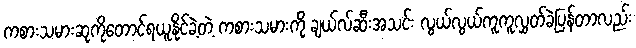
ကစားသမားဆုကိုတောင်ရယူနိုင်ခဲ့တဲ့ ကစားသမားကို ချယ်လ်ဆီးအသင်း လွယ်လွယ်ကူကူလွှတ်ခဲ့ပြန်တာလည်း